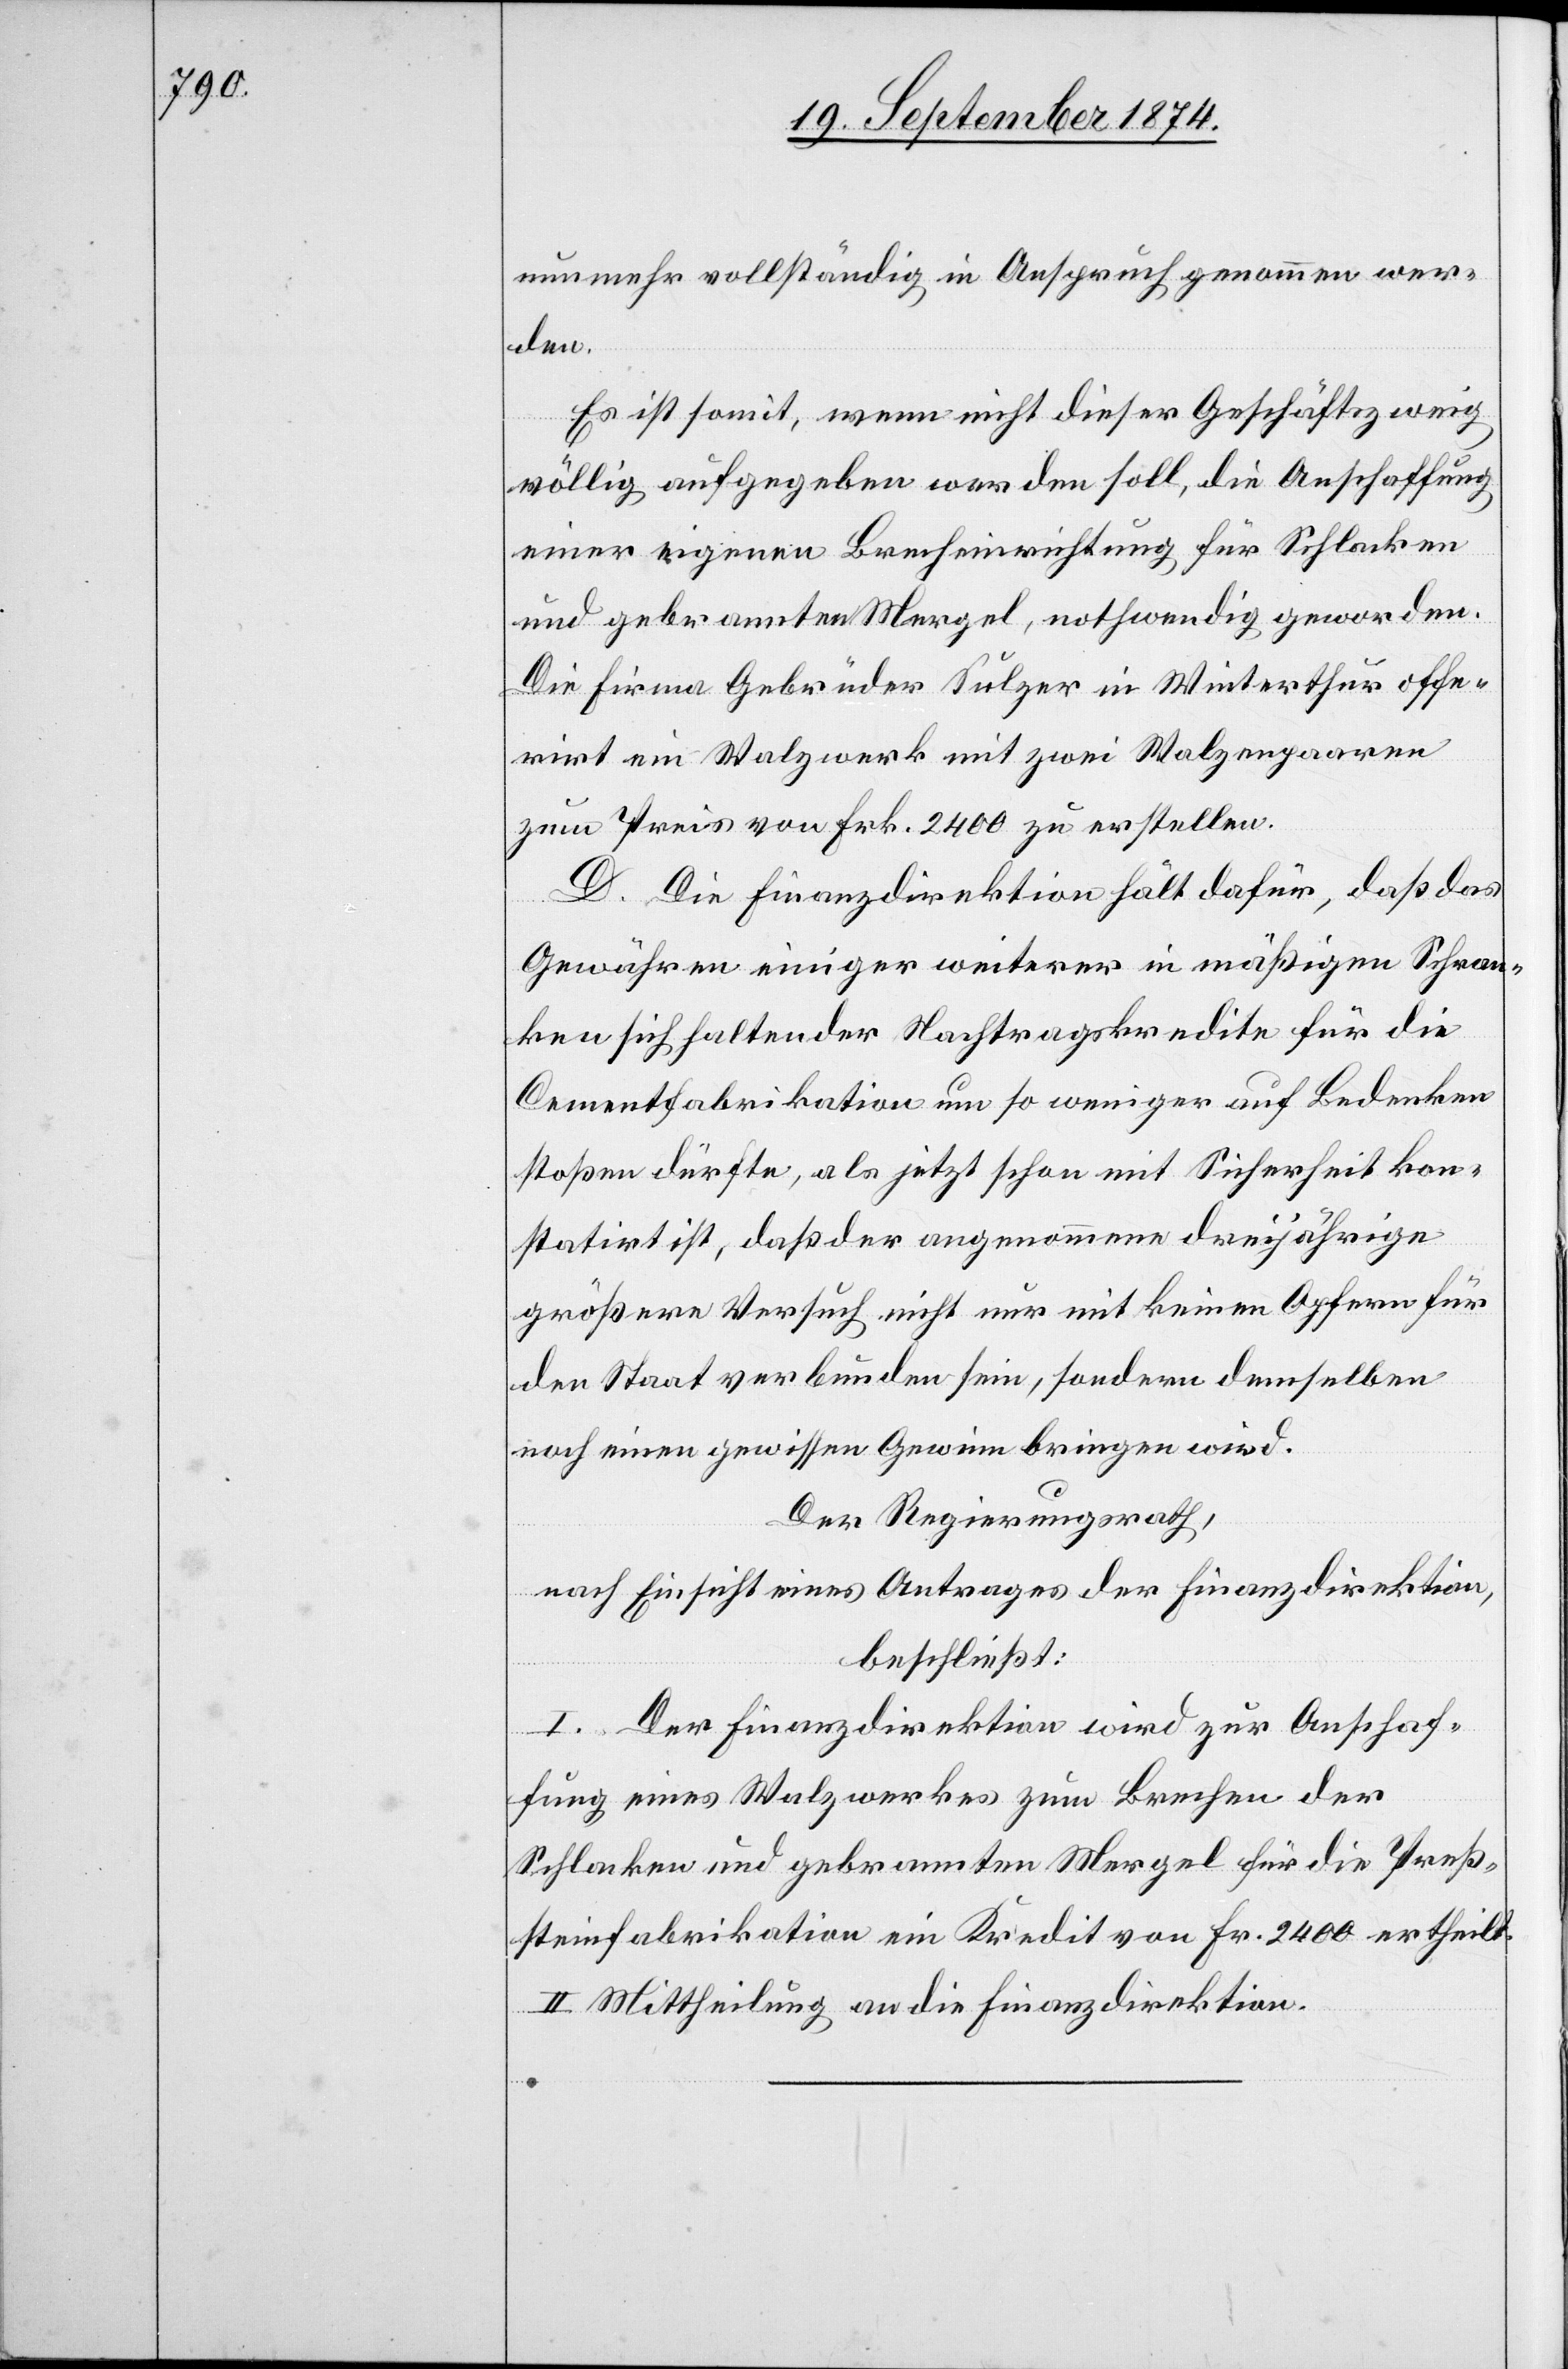
nunmehr vollständig in Anspruch genommen wer¬
den.
Es ist somit, wenn nicht dieser Geschäftszweig
völlig aufgegeben werden soll, die Anschaffung
einer eigenen Brecheinrichtung für Schlacken
und gebrannten Mergel, nothwendig geworden.
Die Firma Gebrüder Sulzer in Winterthur offe¬
rirt ein Walzwerk mit zwei Walzenpaaren
zum Preis von Frk. 2400 zu erstellen.
D. Die Finanzdirektion hält dafür, daß das
Gewähren einiger weiterer in mäßigen Schran¬
ken sich haltender Nachtragskredite für die
Cementfabrikation um so weniger auf Bedenken
stoßen dürfte, als jetzt schon mit Sicherheit kon¬
statirt ist, daß der angenommene dreijährige
größere Versuch nicht nur mit keinen Opfern für
den Staat verbunden sein, sondern demselben
noch einen gewissen Gewinn bringen wird.
Der Regierungsrath,
nach Einsicht eines Antrages der Finanzdirektion,
beschließt:
I. Der Finanzdirektion wird zur Anschaf¬
fung eines Walzwerkes zum Brechen der
Schlacken und gebrannten Mergel für die Preß¬
steinfabrikation ein Kredit von Fr. 2400 ertheilt.
II. Mittheilung an die Finanzdirektion.